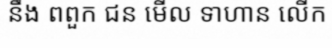
នឹង ពពួក ជន មើល ទាហាន លើក